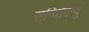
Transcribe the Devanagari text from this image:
सन्धिबिन्दु